Report on vaccination in Madras 1877-1894 - 1877-1894
Year: 1877
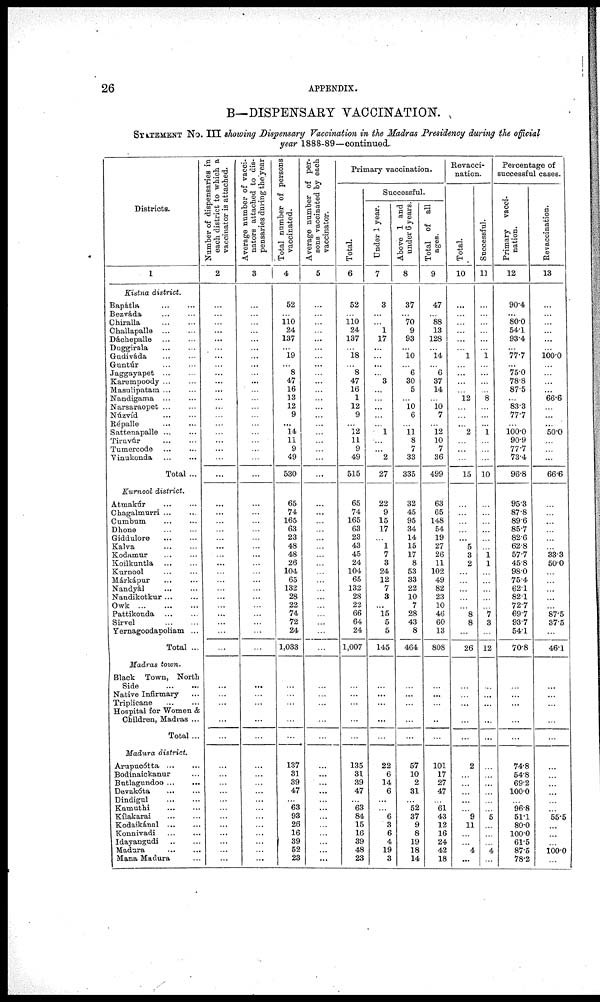
26
APPENDIX.
B—DISPENSARY VACCINATION.
STATEMENT No. III showing Dispensary Vaccination in the Madras Presidency during the official
year 1888-89—continued.
Districts.
1
Kistna district.
Bapátla
...
...
Bezváda
...
...
Chiralla ... ...
Challapalle
...
...
Dáchepalle
...
...
Duggirala ... ...
Gudiváda
...
...
Guntúr
...
...
Jaggayapet
...
...
Karempoody ... ...
Masulipatam ... ...
Nandigama
...
...
Narsaraopet ... ...
Núzvíd
...
...
Répalle
...
...
Sattenapalle ... ...
Tiruvúr
...
...
Tumercode ... ...
Vinukonda
...
...
Total ...
Kurnool district.
Atmakúr ... ...
Chagalmurri ... ...
Cumbum
...
...
Dhone ... ...
Giddulore
...
...
Kalva
...
...
Kodamur
...
...
Koilkuntla
...
...
Kurnool ... ...
Márkápur
...
...
Nandyál ... ...
Nandikotkur ... ...
Owk
...
...
...
Pattikonda
...
...
Sirvel
...
...
Yernagoodapoliam ...
Total ...
Madras town.
Black Town, North
Side
...
...
Native Infirmary ...
Triplicane
...
...
Hospital for Women &
Children, Madras ...
Total ...
Madura district.
Arupucótta ... ...
Bodinaickanur ...
Butlagundoo...
...
Devakóta
... ...
Dindigul
...
...
Kamuthi ... ...
Kílakarai
...
...
Kodaikánal ... ...
Konnivadi ... ...
Idayangudi
...
...
Madura
...
...
Mana Madura ...
Number of dispensaries in
each district to which a
vaccinator is attached.
2
...
...
...
...
...
...
...
...
...
...
...
...
...
...
...
...
...
...
...
...
...
...
...
...
...
...
...
...
...
...
...
...
...
...
...
...
...
...
...
...
...
...
...
...
...
...
...
...
...
...
...
...
...
...
Average number of vacci-
nators attached to dis-
pensaries during
the year
3
...
...
...
...
...
...
...
...
...
...
...
...
...
...
...
...
...
...
...
...
...
...
...
...
...
...
...
...
...
...
...
...
...
...
...
...
...
...
...
...
...
...
...
...
...
...
...
...
...
...
...
...
...
...
Total number of persons
vaccinated.
4
52
...
110
24
137
...
19
...
8
47
16
13
12
9
...
14
11
9
49
530
65
74
165
63
23
48
48
26
104
65
132
28
22
74
72
24
1,033
...
...
...
...
...
137
31
39
47
...
63
93
26
16
39
52
23
Average number of per-
sons vaccinated by each
vaccinator.
5
...
...
...
...
...
...
...
...
...
...
...
...
...
...
...
...
...
...
...
...
...
...
...
...
...
...
...
...
...
...
...
...
...
...
...
...
...
...
...
...
...
...
...
...
...
...
...
...
...
...
...
...
...
...
Primary vaccination.
Total.
6
52
...
110 24
137
...
18
...
8
47
16
1
12
9
...
12
11
9
49
515
65
74
165
63
23
43
45
24
104
65
132
28
22
66
64
24
1,007
...
...
...
...
...
135
31
39
47
...
63
84
15
16
39
48
23
Successful.
Under 1 year.
7
3
...
...
1
17
...
...
...
...
3
...
...
...
...
...
1
...
...
2
27
22
9
15
17
...
1
7
3
24
12
7
3
...
15
5
5
145
...
...
...
...
...
22
6
14
6
...
...
6
3
6
4
19
3
Above 1 and
under 6 years.
8
37
...
70
9
93
...
10
...
6
30
5
...
10 6
...
11
8
7
33
335
32
45
95
34
14
15
17
8
53
33
22
10
7
28
43
8
464
...
...
...
...
...
57
10
2
31
...
52
37
9
8
19
18
14
Total of all
ages.
9
47
...
88
13
128
...
14
...
6
37
14
...
10 7
...
12
10
7
36
499
63
65
148
54
19
27
26
11
102
49
82
23
10
46
60
13
808
...
...
...
...
...
101
17
27
47
...
61
43
12
16
24
42
18
Revacci¬
nation.
Total.
10
...
...
...
...
...
...
1
...
...
...
...
12
...
...
...
2
...
...
...
15
...
...
...
...
...
5
3
2
...
...
...
...
...
8
8
...
26
...
...
...
...
...
2
...
...
...
...
...
9
11
...
...
4
...
Successful.
11
...
...
...
...
...
...
1
...
...
...
...
8
...
...
...
1
...
...
...
10
...
...
...
...
...
...
1 1
...
...
...
...
...
7
3
...
12
...
...
...
...
...
...
...
...
...
...
...
5
...
...
...
4
...
Percentage of
successful cases.
Primary vacci-
nation.
12
90.4
...
80.0
54.1
93.4
...
77.7
...
75.0
78.8
87.5
...
83.3
77.7
...
100.0
90.9
77.7
73.4
96.8
95.3
87.8
89.6
85.7
82.6
62.8
57.7
45.8
98.0
75.4
62.1
82.1
72.7
69.7
93.7
54.1
70.8
...
...
...
...
...
74.8
54.8
69.2
100.0
...
96.8
51.1
80.0
100.0
61.5
87.5
78.2
Revaccination.
13
...
...
...
...
...
...
100.0
...
...
...
...
66.6
...
...
...
50.0
...
...
...
66.6
...
...
...
...
...
...
33.3
50.0
...
...
...
...
...
87.5
37.5
...
46.1
...
...
...
...
...
...
...
...
...
...
...
55.5
...
...
...
100.0
...